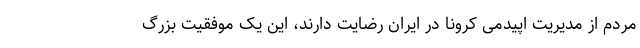
مردم از مدیریت اپیدمی کرونا در ایران رضایت دارند، این یک موفقیت بزرگ